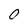
Character: 0